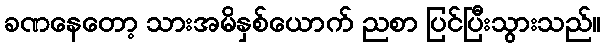
ခဏနေတော့ သားအမိနှစ်ယောက် ညစာ ပြင်ပြီးသွားသည်။